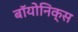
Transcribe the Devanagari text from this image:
बॉयोनिक्स